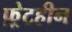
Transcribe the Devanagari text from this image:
फ़्रेटहीन